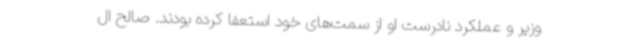
وزیر و عملکرد نادرست او از سمت‌های خود استعفا کرده بودند. صالح ال